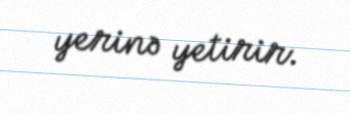
yerinə yetirir.